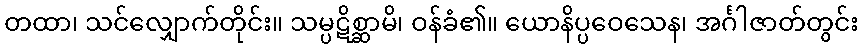
တထာ၊ သင်လျှောက်တိုင်း။ သမ္ပဋိစ္ဆာမိ၊ ဝန်ခံ၏။ ယောနိပ္ပဝေသေန၊ အင်္ဂါဇာတ်တွင်း